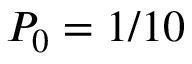
P _ { 0 } = 1 / 1 0